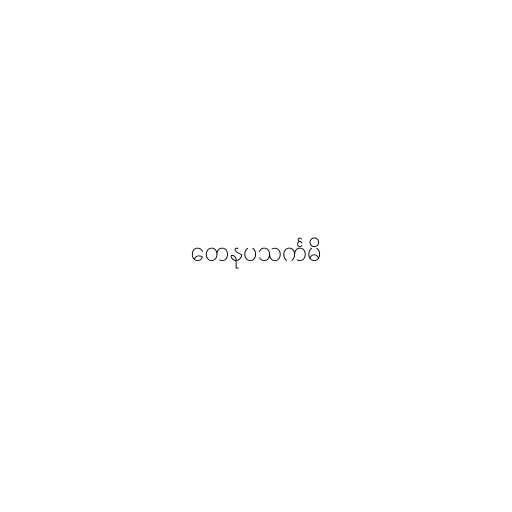
တေနုပသင်္ကမိ